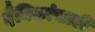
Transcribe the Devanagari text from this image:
दैनिकांसाठी